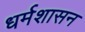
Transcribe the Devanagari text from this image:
धर्मशासन